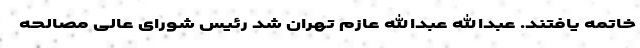
خاتمه یافتند. عبدالله عبدالله عازم تهران شد رئیس شورای عالی مصالحه‌